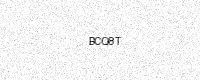
Text: BCQ8T